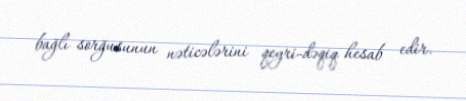
bağlı sorğusunun nəticələrini qeyri-dəqiq hesab edir.